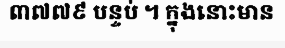
៣៧៧៩ បន្ទប់ ។ ក្នុងនោះមាន